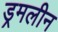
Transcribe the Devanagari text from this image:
ड्रमलीन